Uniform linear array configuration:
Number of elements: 24
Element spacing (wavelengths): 0.5
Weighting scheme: hann
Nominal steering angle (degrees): -45
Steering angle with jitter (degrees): -45.778
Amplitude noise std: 0.05
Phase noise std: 0.05

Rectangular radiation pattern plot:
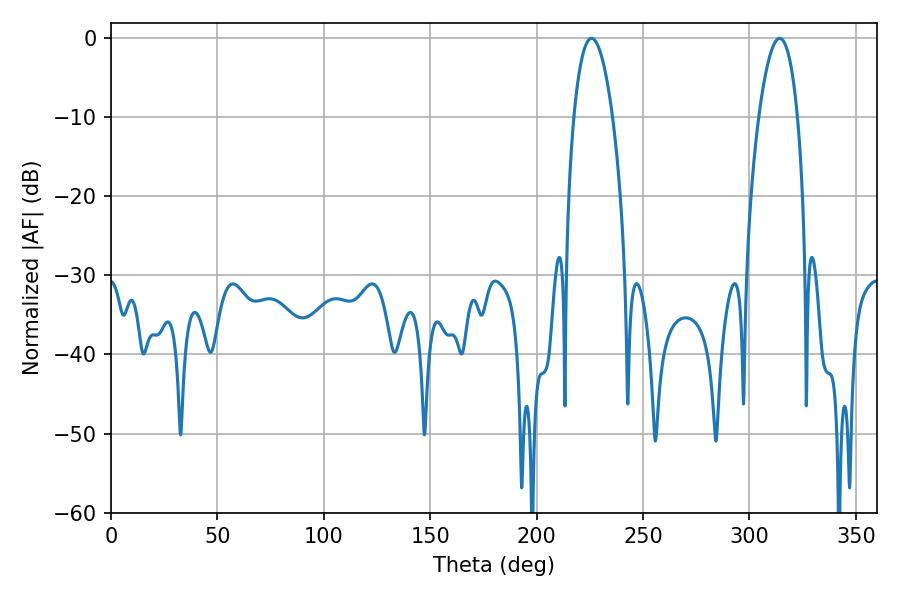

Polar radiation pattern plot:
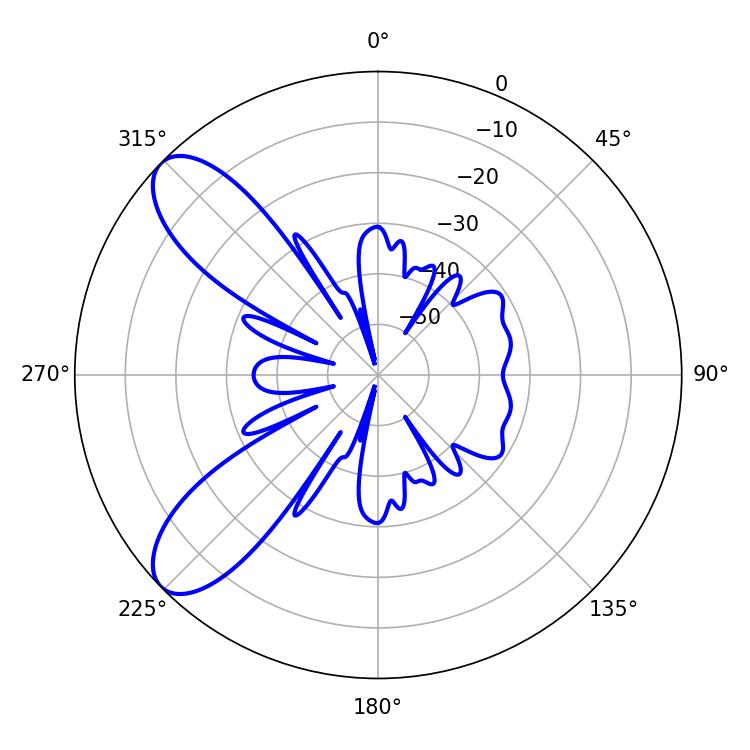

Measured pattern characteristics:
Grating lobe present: FALSE
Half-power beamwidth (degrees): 10.08
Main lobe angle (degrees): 225.72